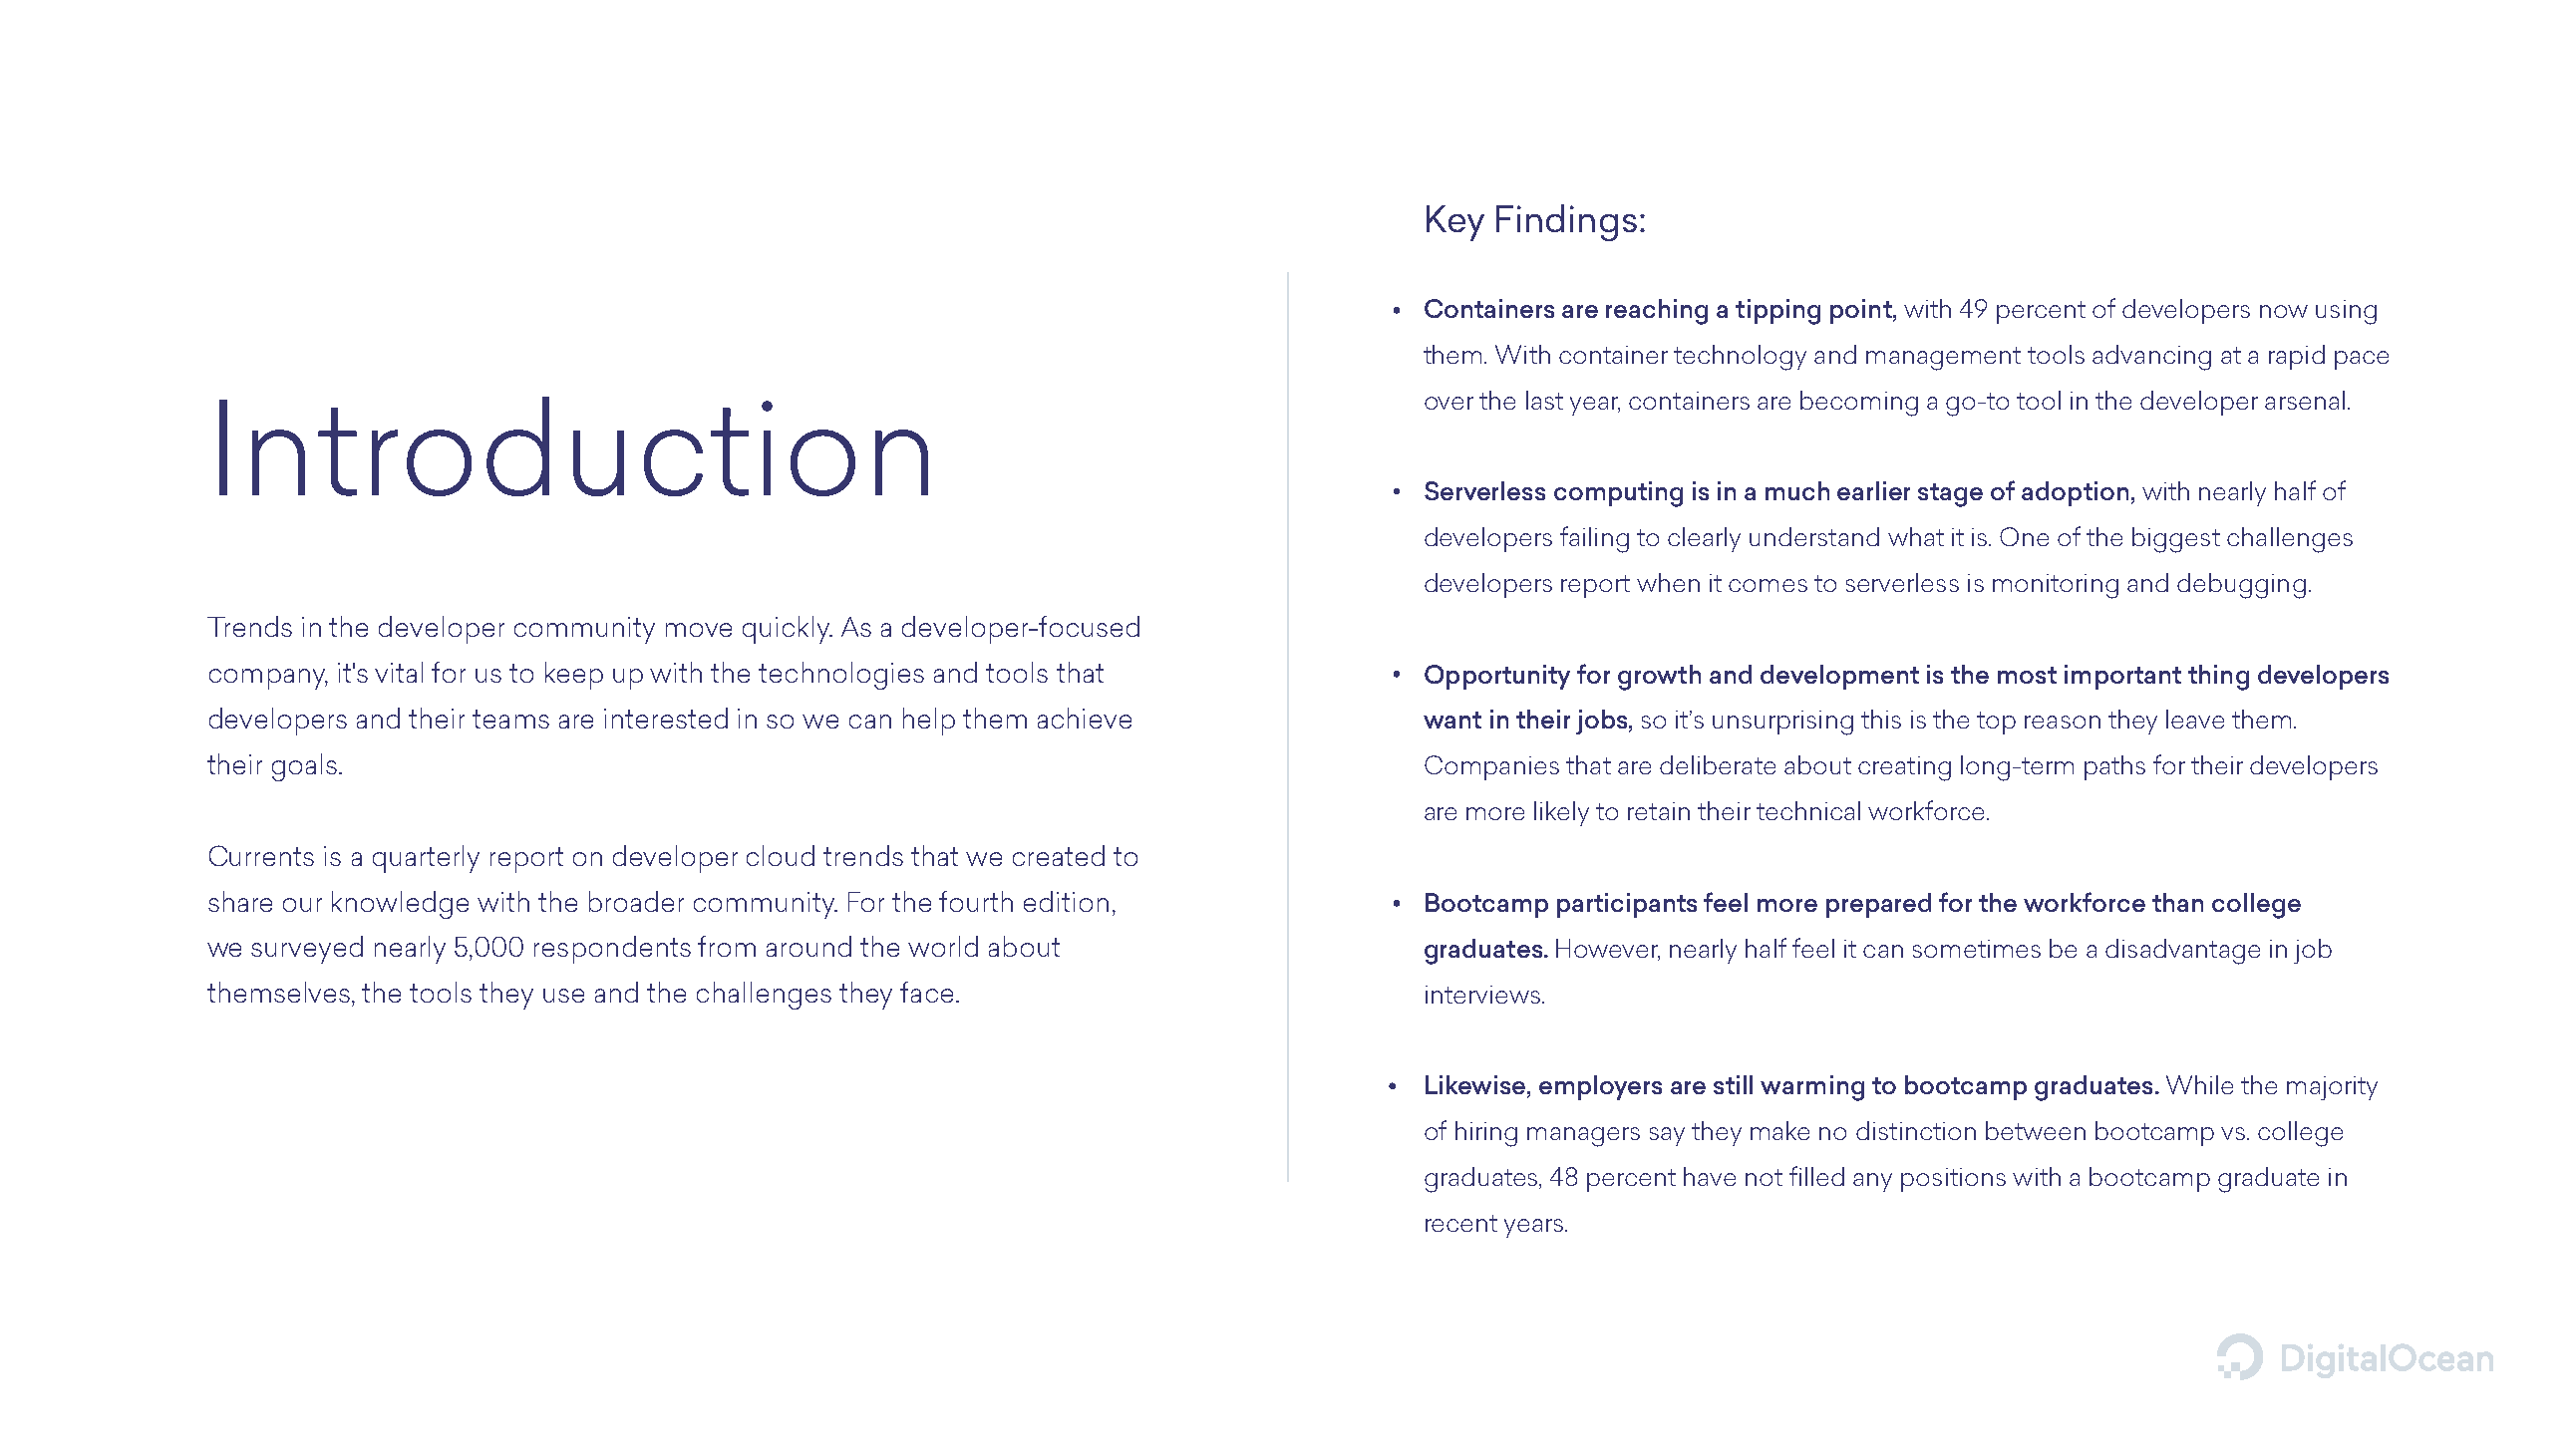
Key Findings:
 Containers are reaching a tipping point, with 49 percent of developers now using
 them. With container technology and management tools advancing at a rapid pace
 over the last year, containers are becoming a go-to tool in the developer arsenal.
 Introduction
 Serverless computing is in a much earlier stage of adoption, with nearly half of
 developers failing to clearly understand what it is. One of the biggest challenges
 developers report when it comes to serverless is monitoring and debugging.
 Trends in the developer community move quickly. As a developer-focused
 company, it's vital for us to keep up with the technologies and tools that      Opportunity for growth and development is the most important thing developers
 developers and their teams are interested in so we can help them achieve        want in their jobs, so it’s unsurprising this is the top reason they leave them.
 their goals.                                                                    Companies that are deliberate about creating long-term paths for their developers
 are more likely to retain their technical workforce.
 Currents is a quarterly report on developer cloud trends that we created to
 share our knowledge with the broader community. For the fourth edition,         Bootcamp participants feel more prepared for the workforce than college
 we surveyed nearly 5,000 respondents from around the world about                graduates. However, nearly half feel it can sometimes be a disadvantage in job
 themselves, the tools they use and the challenges they face.                    interviews.
 Likewise, employers are still warming to bootcamp graduates. While the majority
 of hiring managers say they make no distinction between bootcamp vs. college
 graduates, 48 percent have not filled any positions with a bootcamp graduate in
 recent years.